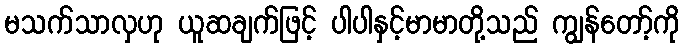
မသက်သာလှဟု ယူဆချက်ဖြင့် ပါပါနှင့်မာမာတို့သည် ကျွန်တော့်ကို